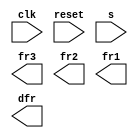
// A large reservoir of water serves users. In order to keep the level of water sufficiently high, three sensors are placed vertically at 5-inch intervals. When the water is above teh highest sensor (S_3), the input flow rate should be zero. When teh level is below the lowest sensor (s_1), the flow rate should be at maximum (both Nominal flow valve and Supplemental flow valve opened). The flow rate when teh level is between the upper and lower sensors is determined by two factors: the water level and the level previous to the last sensor change. Each water level has a nominal flow rate associated with it, as shown in the table below. If teh sensor change indicates that the previous level was ower than the current level, the nominal flow rate should take place. If the previous level was higher than the current level, the flow rate should be increased by opening the Supplemental flow valve (controlled by delta FR). Design a moore model for the water reservoir controller. Clearly indicate all state transition and output for each satte. The inputs to your FSM are S_1, S_2 and S_3; the outputs are FR1, FR2, FR3, adn delta FR.

//	Water Level 		Sensor Assorted		Nominal FLow Rate Inputs to Be Asserted
//	Above S_3				S_1,S_2,S_3				None
//	Between S_3 and S_2		S_1,S_2					FR1
//	Between S_2 and S_1		S_1						FR1,FR2
// 	Below S_1				None					FR1,FR2,FR3

// Also include an active-high synchronous reset that resets the state machine to a state equivalent to if the water level had been low for a long time (no sensors asserted, and all four outputs asserted).

module top_module (
    input clk,
    input reset,
    input [3:1] s,
    output fr3,
    output fr2,
    output fr1,
    output dfr
); 

	// Insert your code here

endmodule